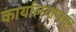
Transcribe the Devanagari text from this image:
कार्यालयांपासून